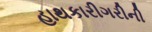
હાથકારીગરીની